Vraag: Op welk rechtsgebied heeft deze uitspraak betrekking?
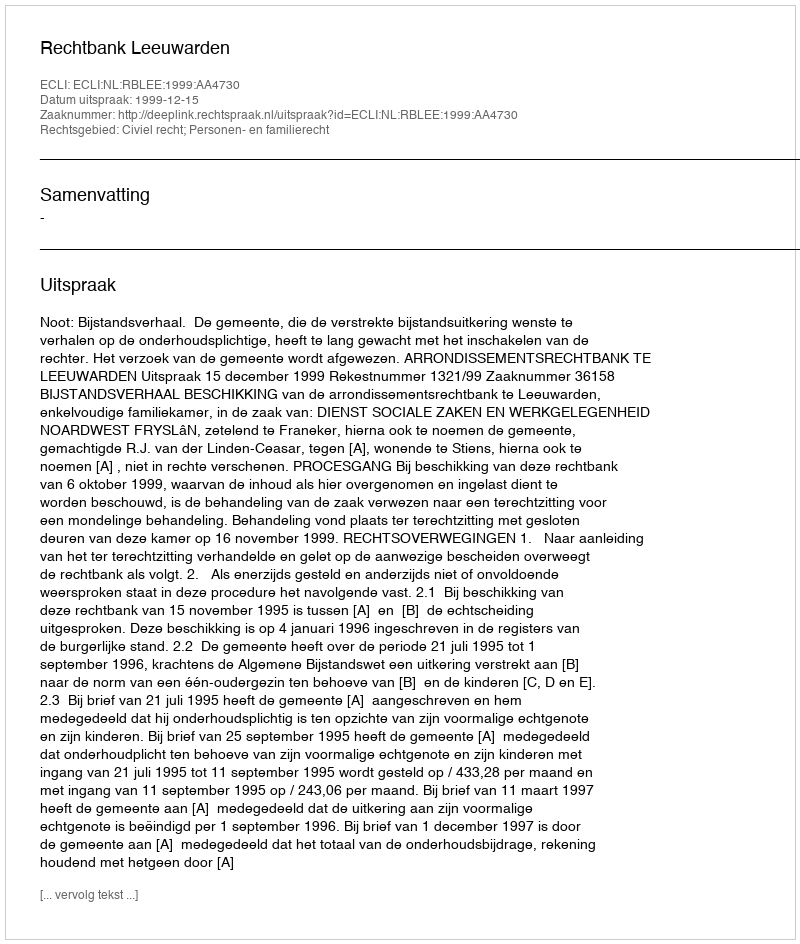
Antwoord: Civiel recht; Personen- en familierecht